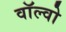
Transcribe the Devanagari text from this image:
वाॅल्वो